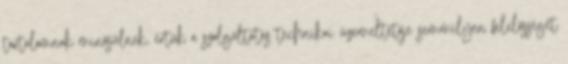
tartalomnak minősülnek, értük a szolgáltatás technikai üzemeltetője semmilyen felelősséget